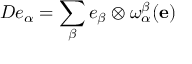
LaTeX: D e _ { \alpha } = \sum _ { \beta } e _ { \beta } \otimes \omega _ { \alpha } ^ { \beta } ( \mathbf { e } )